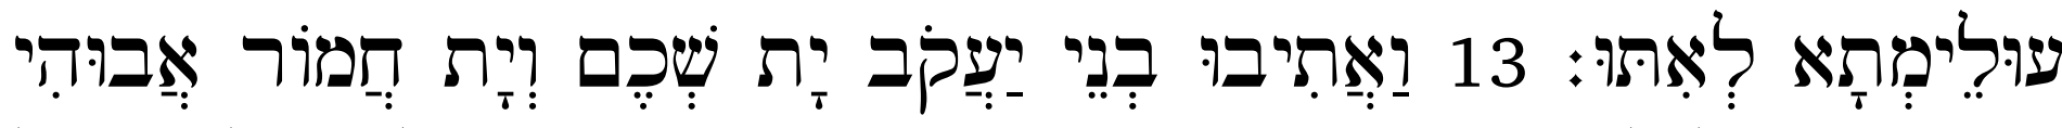
עוּלֵימְתָא לְאִתּוּ׃ 13 וַאֲתִיבוּ בְנֵי יַעֲקֹב יָת שְׁכֶם וְיָת חֲמוֹר אֲבוּהִי